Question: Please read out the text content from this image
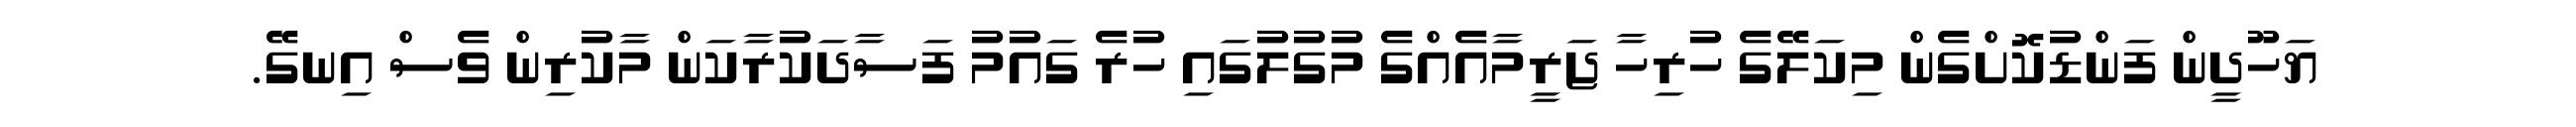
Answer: ޔަހޫދީން ފަންޑުކޮށްގެން މިކަލޭގެ ހުރިހާ ޖަރީމާއެއްގެ މުގުލުގައި ހުރެ ގައުމު ފަސާދަކުރާކަން މާކުރިން ވެސް އިނގޭ.